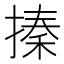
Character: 搸